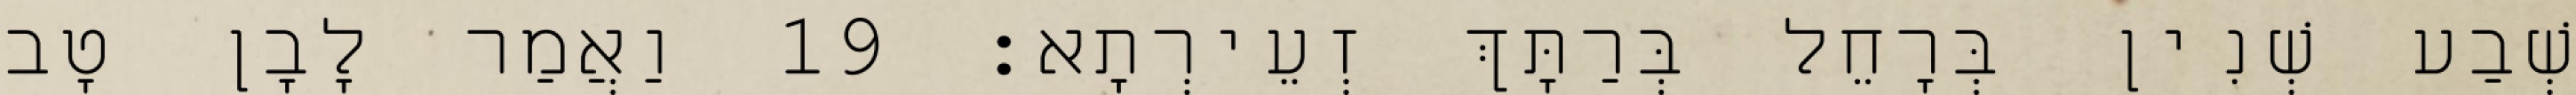
שְׁבַע שְׁנִין בְּרָחֵל בְּרַתָּךְ זְעֵירְתָא׃ 19 וַאֲמַר לָבָן טָב